Loodushoiu_ja_Turismi_Instituut, lk 836
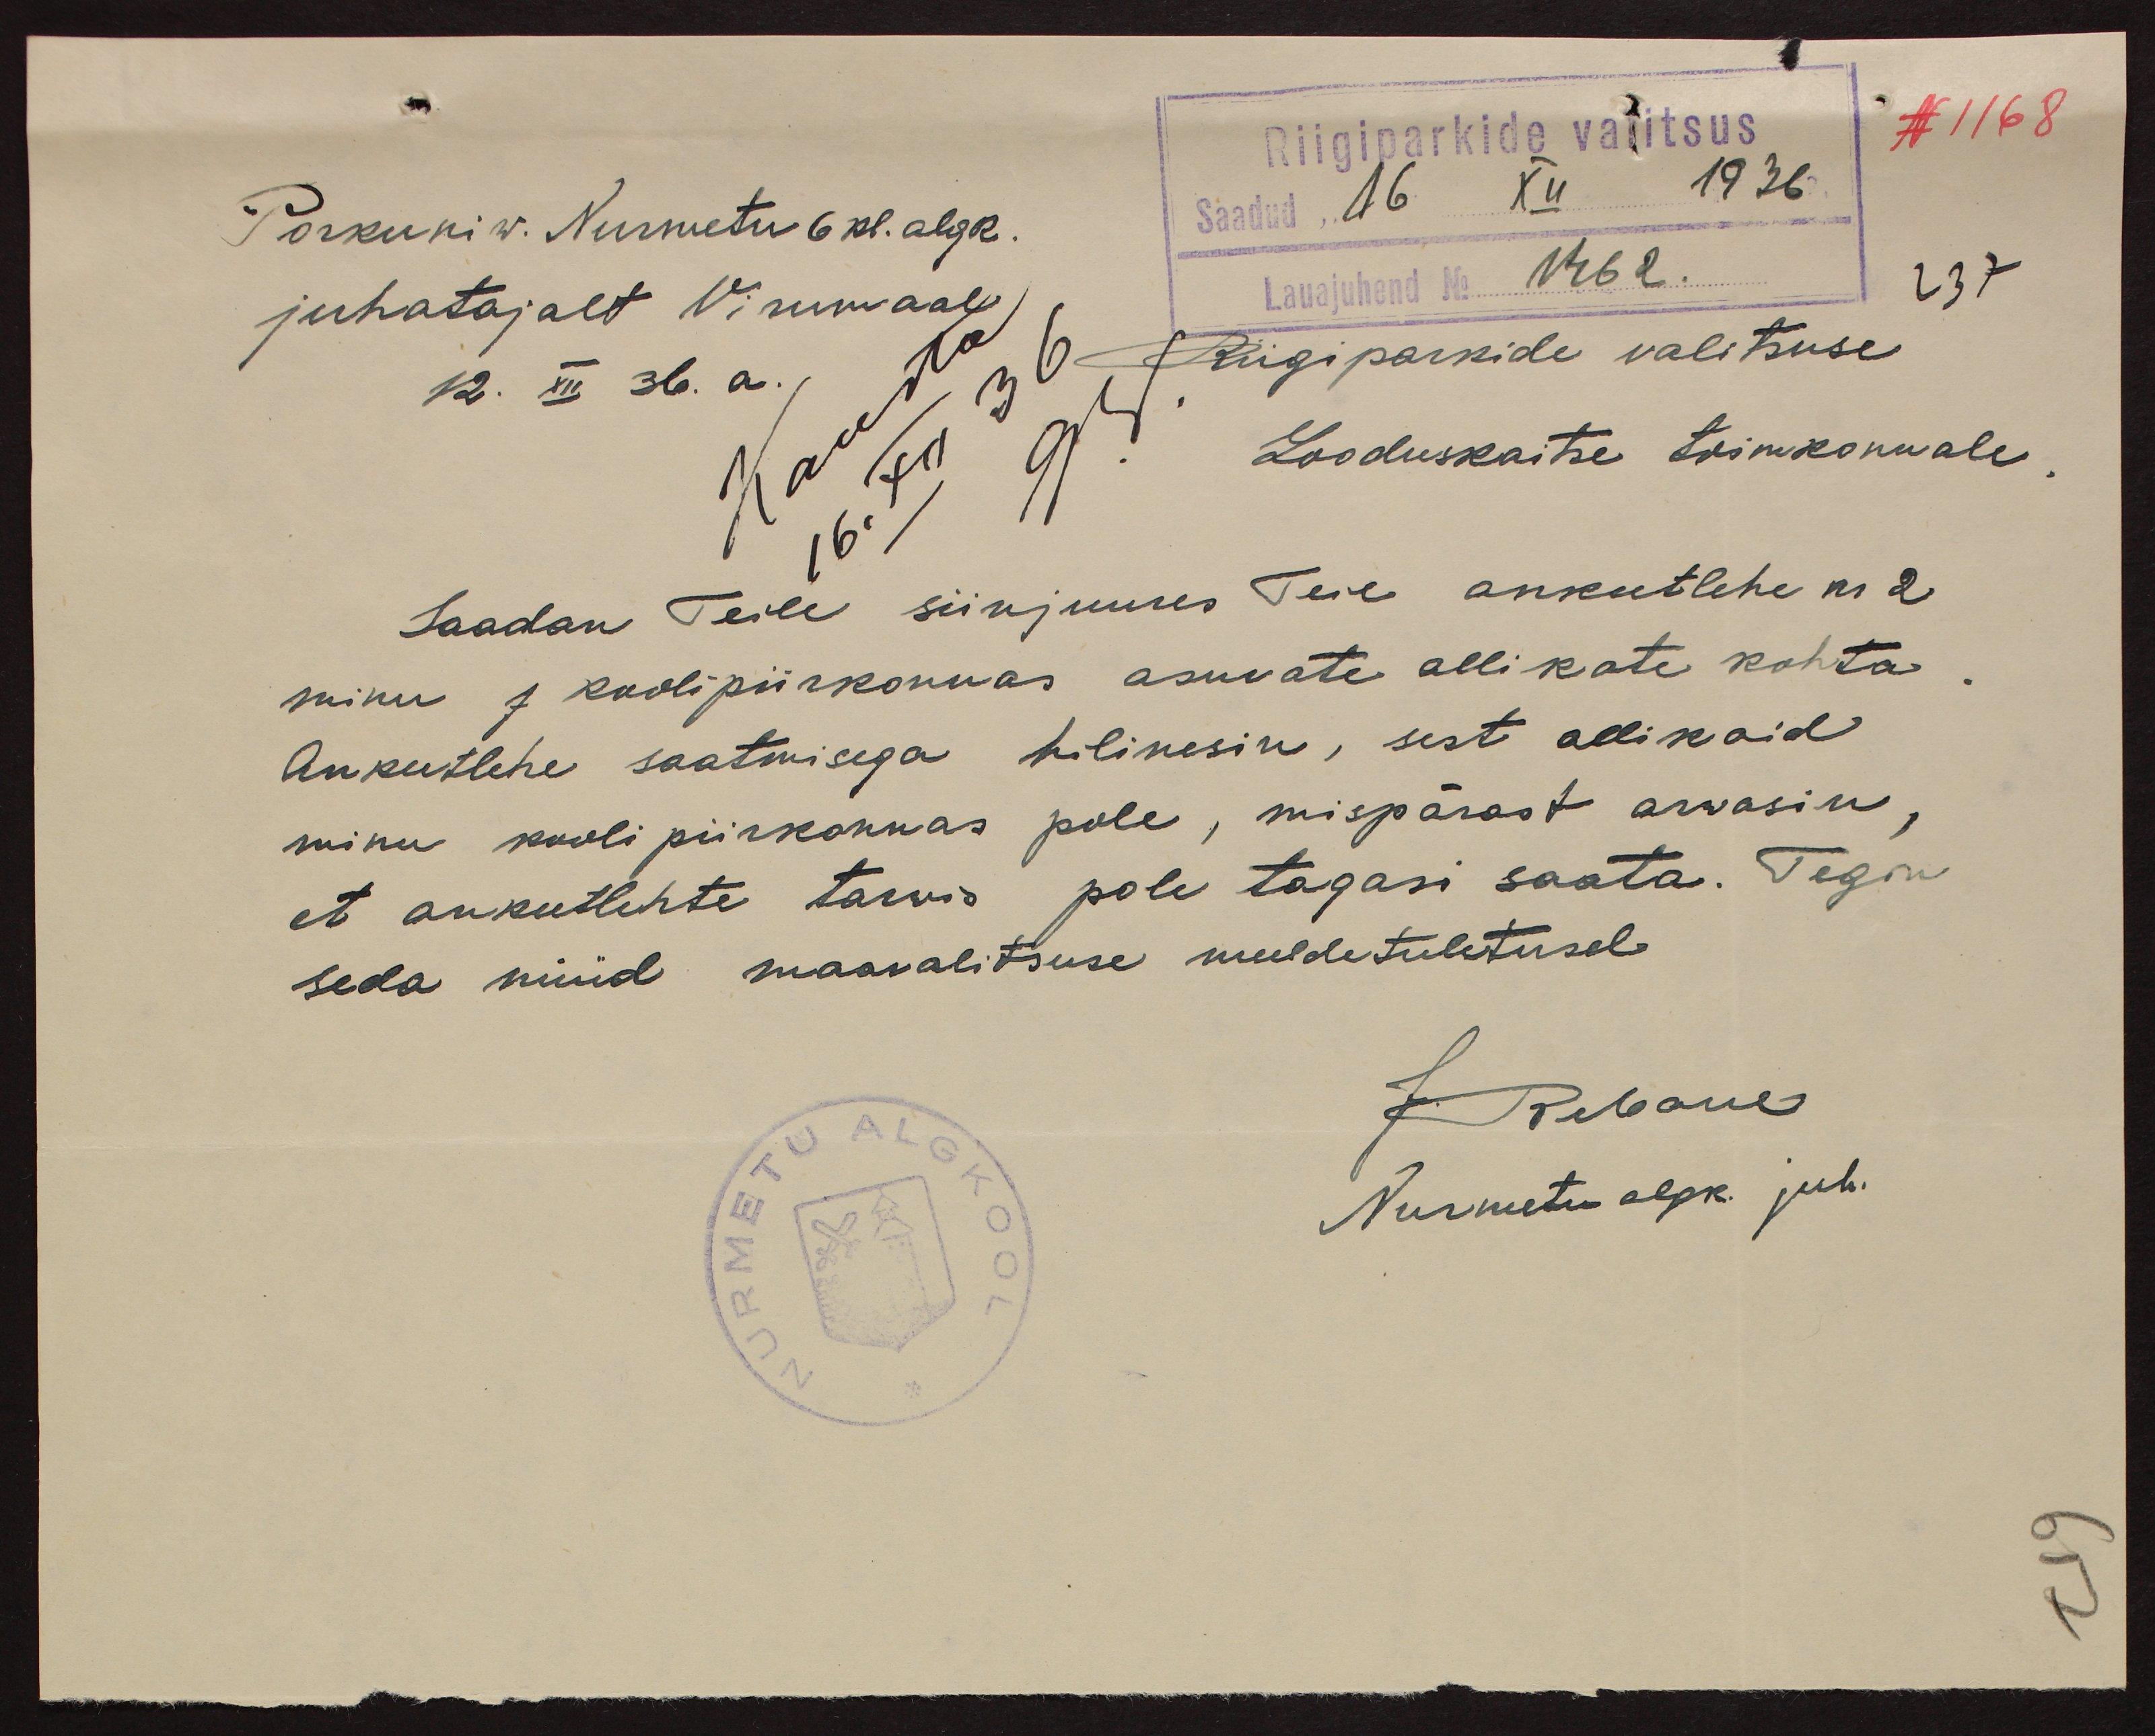
Riigiparkide valitsus
N 1168
Porkuni w. Nurmetu 6 kl. algk.
Saadud "16" XII 1936.
juhatajalt Virumaal
Lauajuhend No 1462.
237
Riigiparkide valitsuse
12. XII 36. a.
Looduskaitse toimkonnale
Saadan Teile siinjuures Teie ankeetlehe nr 2
minu 1 koolipiirkonnas asuvate allikate kohta.
Ankeetlehe saatmisega hilinesin, sest allikaid
minu kooli piirkonnas pole, mispärast arwasin,
et ankeetlehte tarwis pole tagasi saata. Tegin
seda nüüd maavalitsuse meeldetuletusel
J. Rebane
Nurmetu algk. juh.